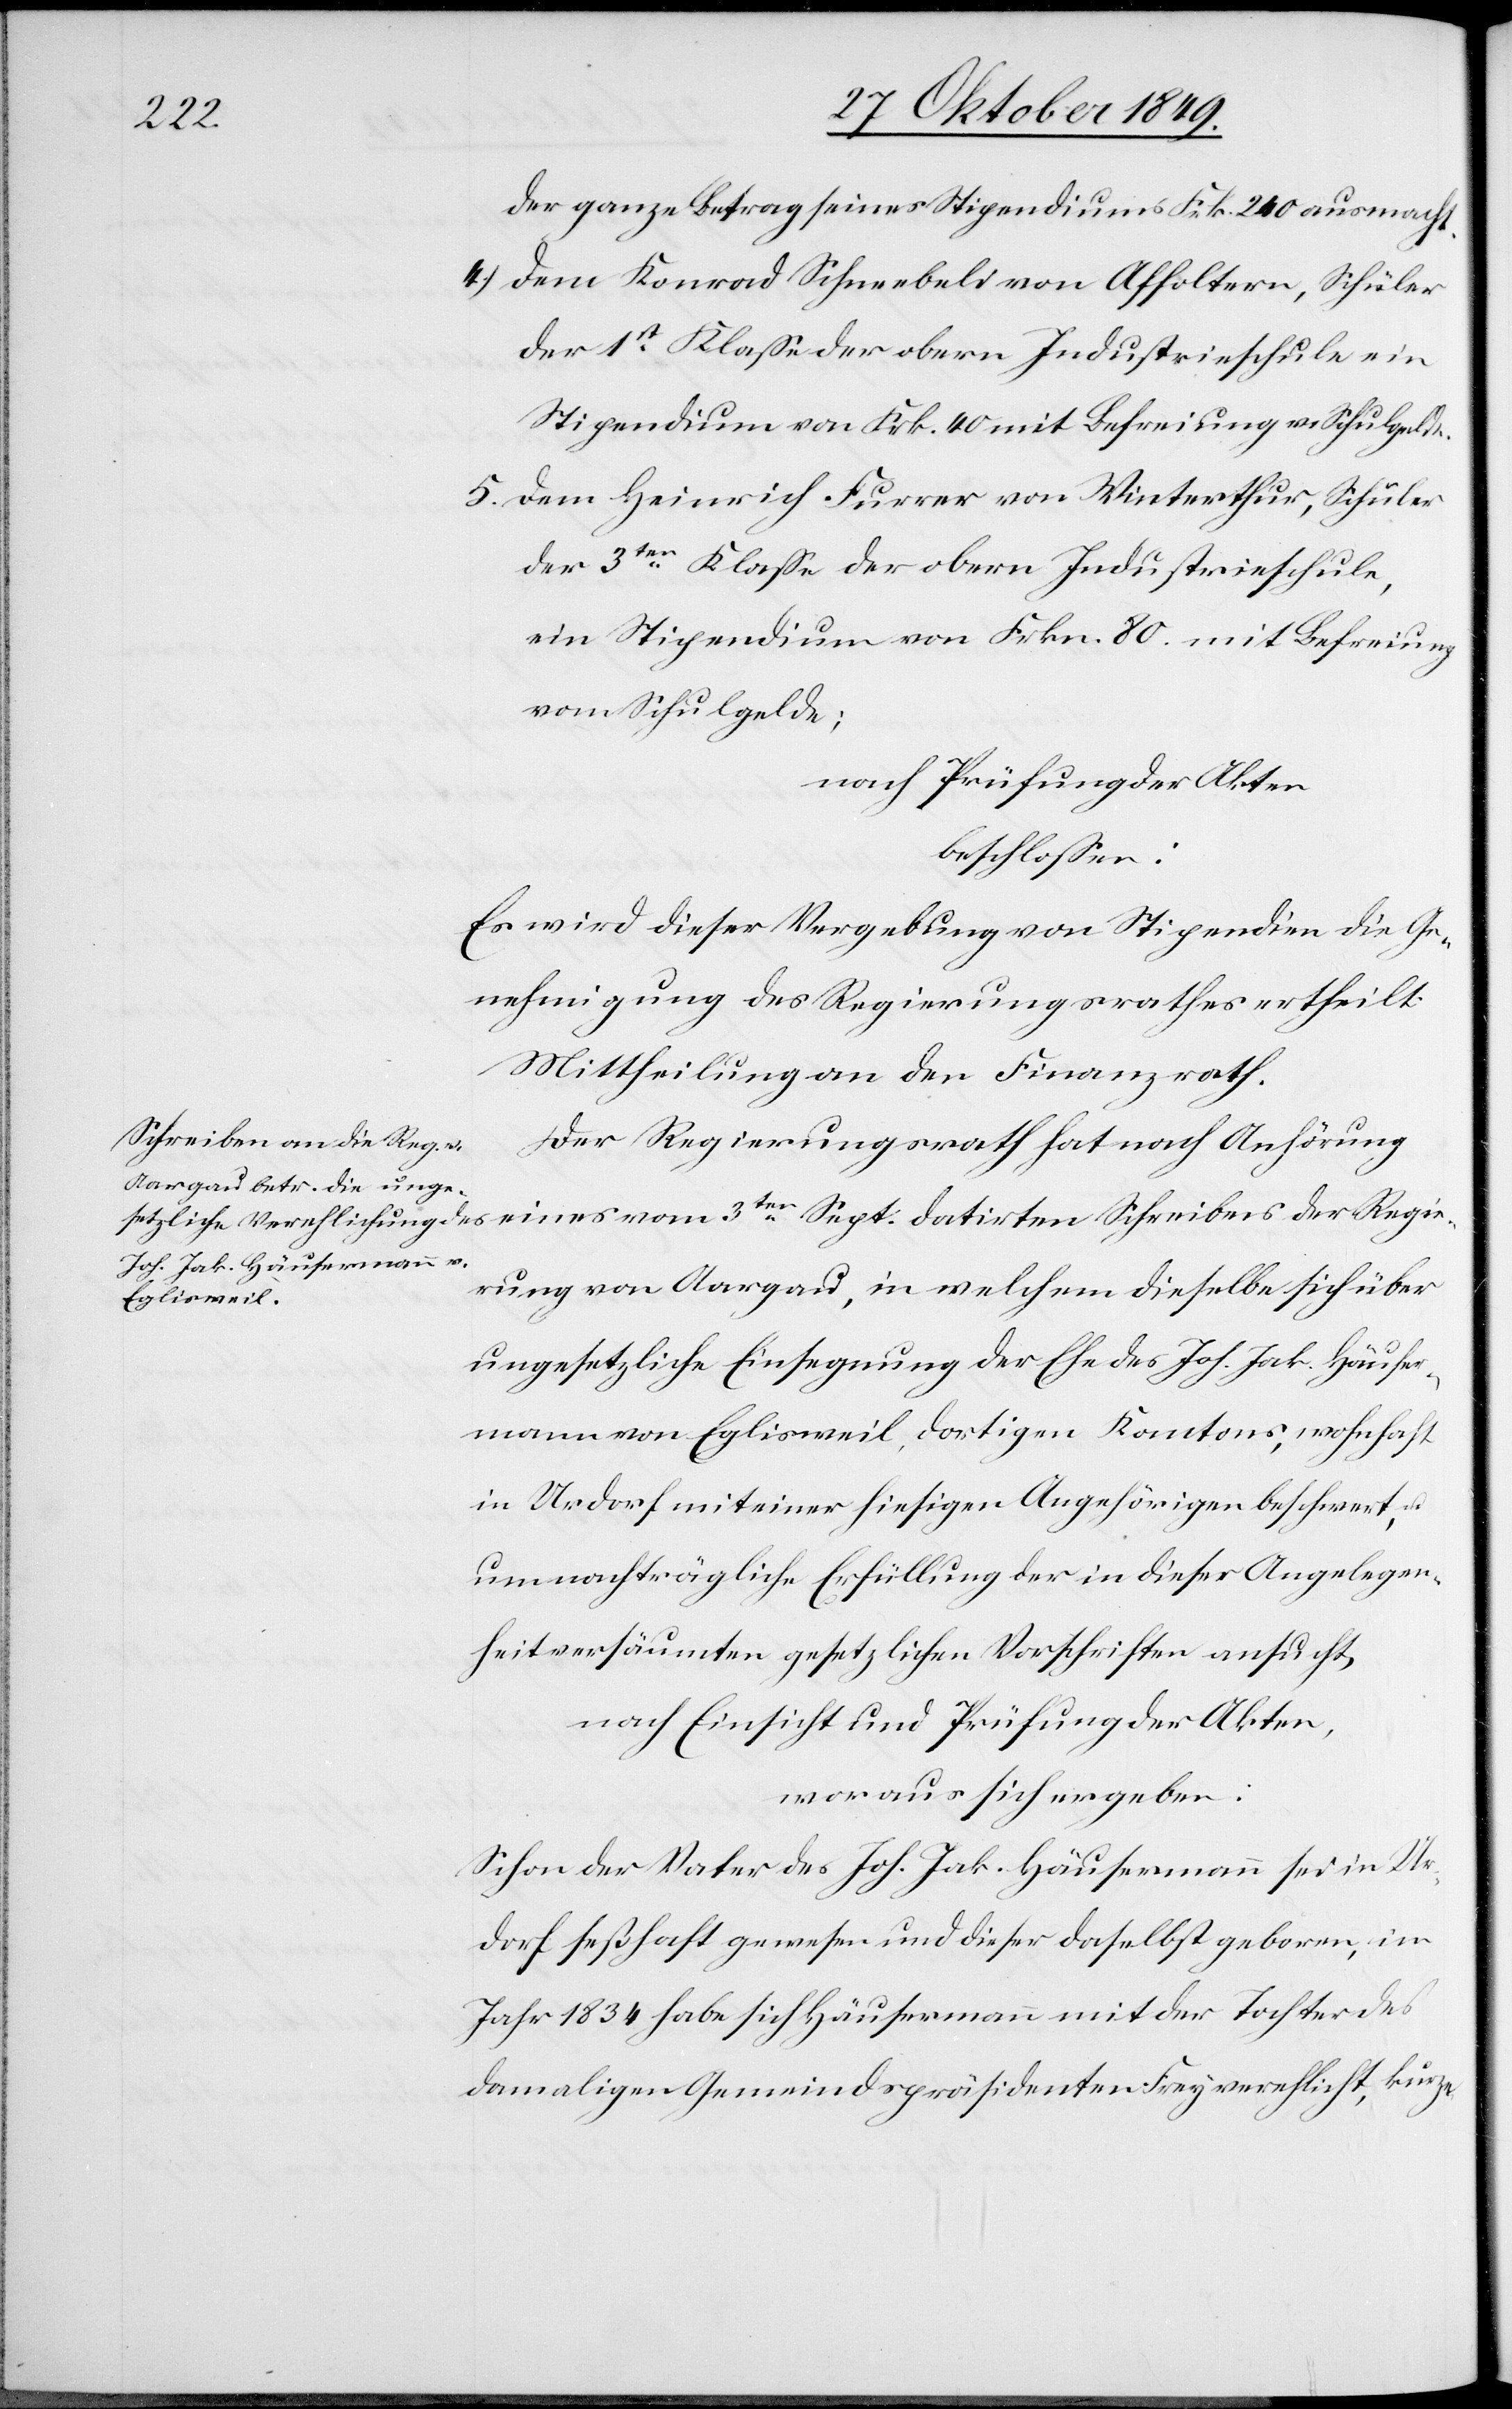
der ganze Betrag seines Stipendiums Frk. 240 ausmacht.
4.) Dem Konrad Schneebeli von Affoltern, Schüler
der 1st Klaße der obern Industrieschule ein
Stipendium von Frk. 40 mit Befreiung v. Schulgelde.
5. Dem Heinrich Furrer von Winterthur, Schüler
der 3ten Klaße der obern Industrieschule,
ein Stipendium von Frkn. 80 mit Befreiung
vom Schulgelde;
nach Prüfung der Akten
beschloßen:
Es wird dieser Vergebung von Stipendien die Ge¬
nehmigung des Regierungsrathes ertheilt:
Mittheilung an den Finanzrath.
Schreibens der Regie¬
Der Regierungsrath hat nach Anhörung
rung von Aargau, in welchem dieselbe sich über
ungesetzliche Einsegnung der Ehe des Joh. Jak. Häuser¬
mann von Eglisweil, dortigen Kantons, wohnhaft
in Urdorf mit einer hiesigen Angehörigen beschwert, u.
um nachträgliche Erfüllung der in dieser Angelegen¬
heit versäumten gesetzlichen Vorschriften ansucht,
nach Einsicht und Prüfung der Akten,
woraus sich ergeben:
Schon der Vater des Joh. Jak. Häusermann sei in Ur¬
dorf seßhaft gewesen und dieser daselbst geboren, im
Jahr 1834 habe sich Häusermann mit der Tochter des
damaligen Gemeindspräsidenten Frey verehlicht, kurze